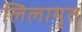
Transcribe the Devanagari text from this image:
लिलामृत